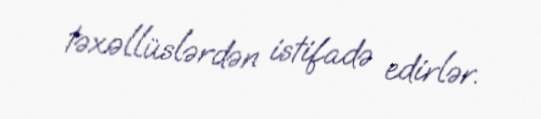
təxəllüslərdən istifadə edirlər.